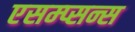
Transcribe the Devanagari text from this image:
एसम्प्सन्स